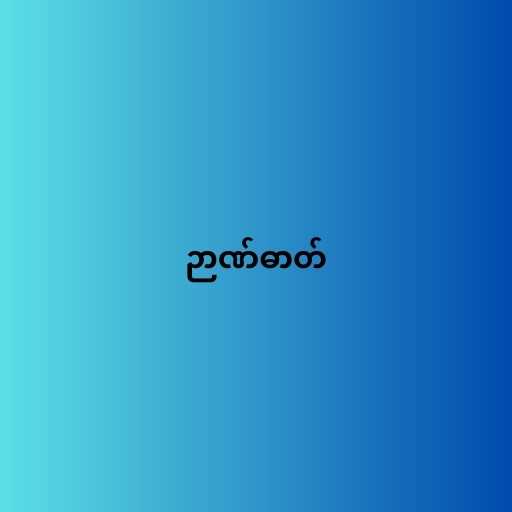
ဉာဏ်ဓာတ်